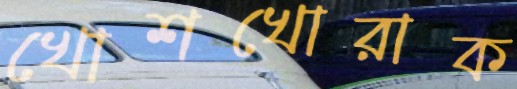
খোশখোরাক